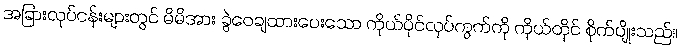
အခြားလုပ်ငန်းများတွင် မိမိအား ခွဲဝေချထားပေးသော ကိုယ်ပိုင်လုပ်ကွက်ကို ကိုယ်တိုင် စိုက်ပျိုးသည်။